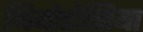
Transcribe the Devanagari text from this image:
थियोडोसिया